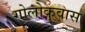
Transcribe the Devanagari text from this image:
गोलोकवास